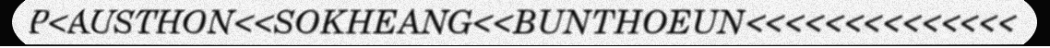
P<AUSTHON<<SOKHEANG<<BUNTHOEUN<<<<<<<<<<<<<<